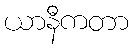
ယာနီကတာ